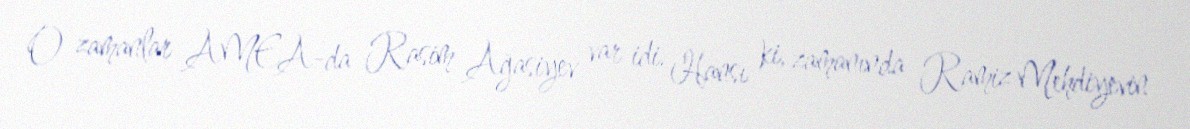
O zamanlar AMEA-da Rasim Ağasiyev var idi. Hansı ki, zamanında Ramiz Mehdiyevin